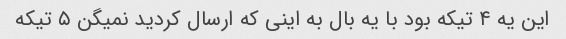
این یه ۴ تیکه بود با یه بال به اینی که ارسال کردید نمیگن ۵ تیکه